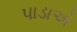
પાડાએ